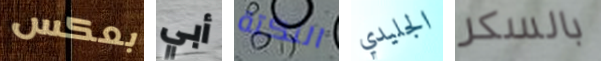
بعكس أبي النكتة الجليدي بالسكر